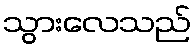
သွားလေသည်